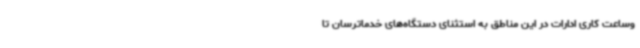
وساعت کاری ادارات در این مناطق به استثنای دستگاه‌های خدماترسان تا